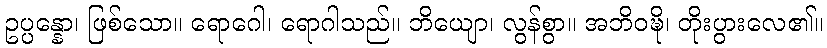
ဥပ္ပန္နော၊ ဖြစ်သော။ ရောဂေါ၊ ရောဂါသည်။ ဘိယျော၊ လွန်စွာ။ အဘိဝဍ္ဎိ၊ တိုးပွားလေ၏။